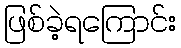
ဖြစ်ခဲ့ရကြောင်း